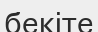
бекіте